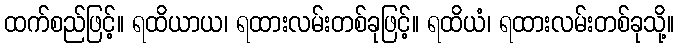
ထက်စည်ဖြင့်။ ရထိယာယ၊ ရထားလမ်းတစ်ခုဖြင့်။ ရထိယံ၊ ရထားလမ်းတစ်ခုသို့။